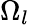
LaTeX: \Omega_{l}